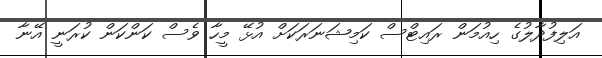
އަލިފުދާލުގެ ހިއުމަން ރައިޓްސް ކަމިޝަނަރަކަށް އުޅޭ މީހާ ވެސް ކަންކަން ކުރަނީ އޭނާ